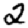
Digit: 2